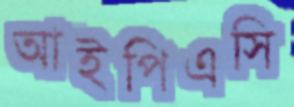
আইপিএসি